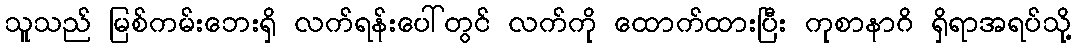
သူသည် မြစ်ကမ်းဘေးရှိ လက်ရန်းပေါ်တွင် လက်ကို ထောက်ထားပြီး ကုစာနာဂိ ရှိရာအရပ်သို့